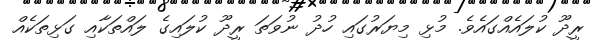
ރީދޫ ކުލައެއްގައެވެ. މުޅި މިޔަރުގައި ހުދު ނުވަތަ ރީދޫ ކުލައިގެ ލައްތަކާއި ގަޅިތަކެއް